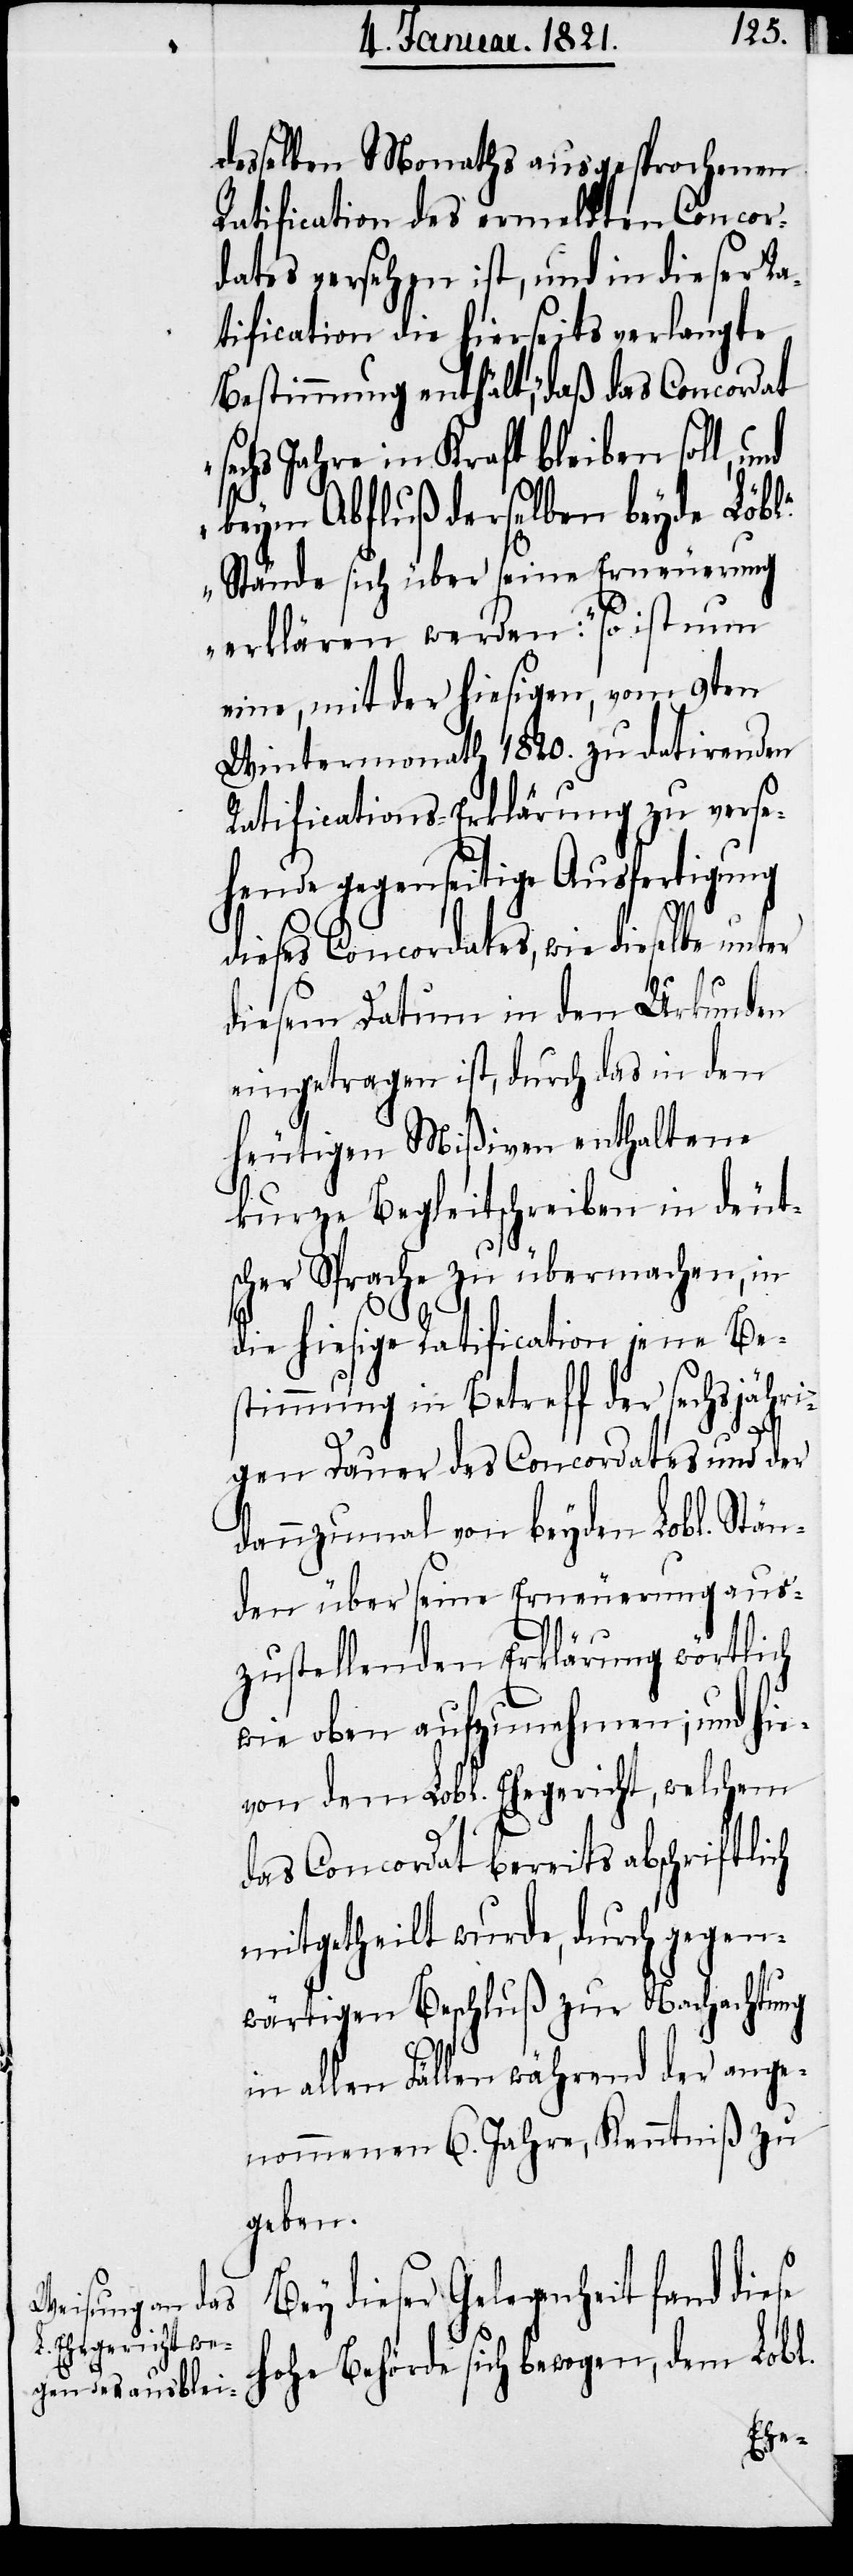
desselben Monaths ausgesprochenen
Ratification des ermeldten Concor¬
dates versehen ist, und in dieser Ra¬
tification die hierseits verlangte
Bestimmung enthält, daß das Concordat
chs Jahre in Kraft bleiben soll,
beym Abfluß derselben beyde Löbln.
Stände sich über seine Erneuerung
erklären werden:“ so ist nun
eine, mit der hiesigen, vom 9ten
Wintermonath 1820. zu datirenden
Ratifications-Erklärung zu verse¬
hende gegenseitige Ausfertigung
dieses Concordates, wie dieselbe
diesem Datum in den Urkunden
eingetragen ist, durch das in den
heutigen Mißiven enthaltene
kurze Begleitschreiben in deut¬
scher Sprache zu übermachen, in
die hiesige Ratification jene Be¬
stimmung in Betreff der sechsjähri¬
gen Dauer des Concordates und der
dannzumahl von beyden Lobl. Stän¬
den über seine Erneuerung aus¬
zustellende Erklärung wörtlich
wie oben aufzunehmen; und hie¬
von dem Lobl. Ehegericht, welchem
das Concordat bereits abschriftlich
mitgetheilt wurde, durch gegen¬
wärtigen Beschluß zur Nachachtung
in allen Fällen während der ange¬
nommenen 6. Jahre, Kenntniß zu
geben.
Bey dieser Gelegenheit fand diese
hohe Behörde sich bewogen, dem Lobl.
„se¬